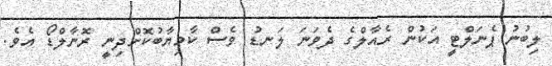
ލިބުނު ޕެނަލްޓީ އަކުން ރެއާލްގެ ދެވަނަ ލަނޑު ވެސް ކާމިޔާބުކޮށްދިނީ ރޮނާލްޑޯ އެވެ.